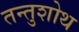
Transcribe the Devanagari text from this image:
तन्तुशोथ